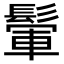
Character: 𩮔